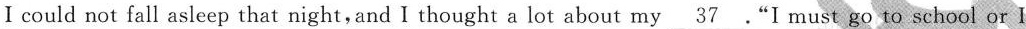
I could not fall asleep that night, and I thought a lot about my \underline{37}."I must go to school or I